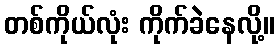
တစ်ကိုယ်လုံး ကိုက်ခဲနေလို့။